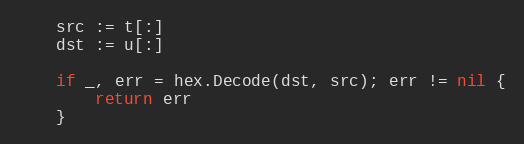
Language: Go
	src := t[:]
	dst := u[:]

	if _, err = hex.Decode(dst, src); err != nil {
		return err
	}